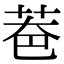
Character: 𦮹